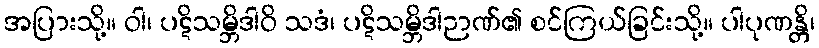
အပြားသို့။ ဝါ၊ ပဋိသမ္ဘိဒါဝိ သဒံ၊ ပဋိသမ္ဘိဒါဉာဏ်၏ စင်ကြယ်ခြင်းသို့။ ပါပုဏန္တိ၊